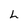
Character: L